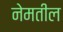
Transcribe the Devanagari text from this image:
नेमतील